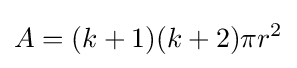
A=(k+1)(k+2)\pi r^{2}